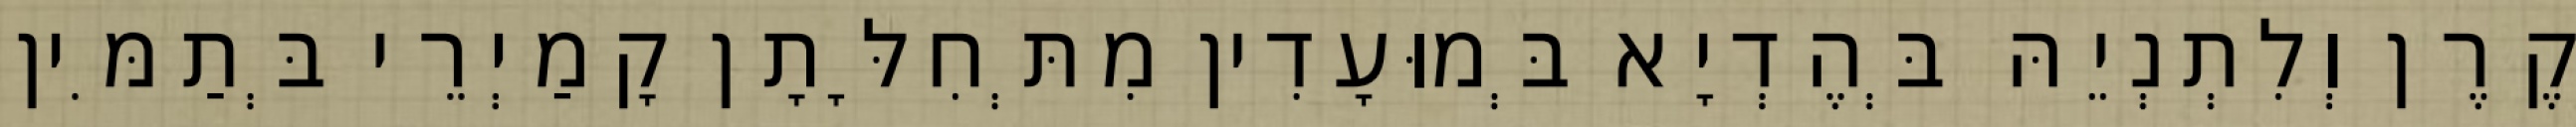
קֶרֶן וְלִתְנְיֵהּ בְּהֶדְיָא בְּמוּעָדִין מִתְּחִלָּתָן קָמַיְרֵי בְּתַמִּין